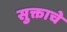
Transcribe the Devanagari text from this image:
सुक्ताचे